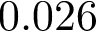
0 . 0 2 6